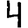
Digit: 4